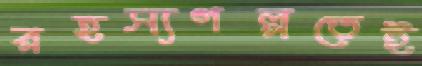
রহস্যগল্পতেই